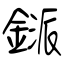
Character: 鎃